Lunatic asylums in Bengal annual reports 1912-1924 - 1912-1924
Year: 1912
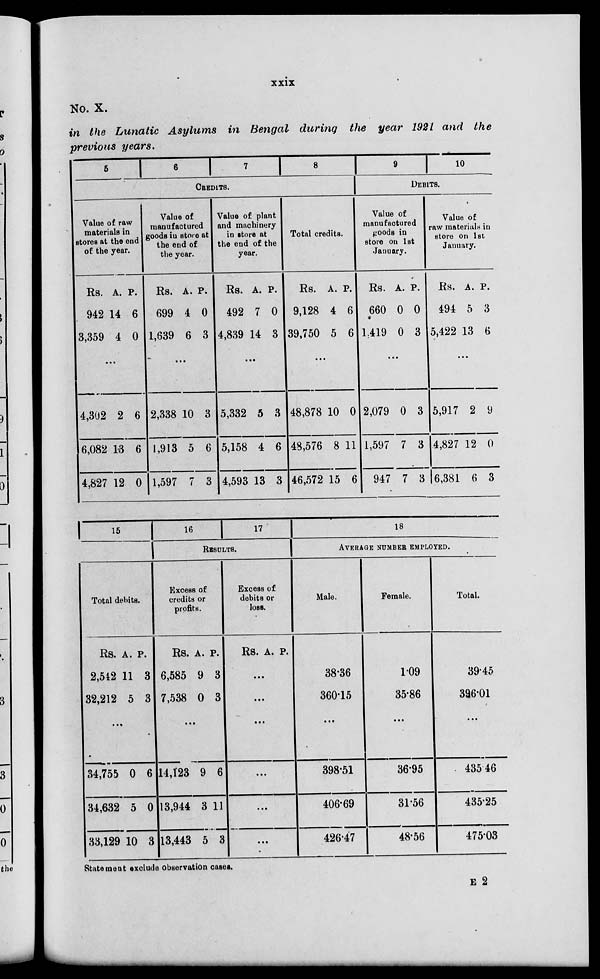
xxix
No. X.
in the Lunatic Asylums in Bengal during the year 1921 and the
previous years.
5
6
7
8
CREDITS.
Value of raw
materials in
stores at the end
of the year.
Rs.
942
3,359
A.
14
4
P.
6
0
...
4,302
6,082
4,827
2
13
12
6
6
0
Value of
manufactured
goods in store at
the end of
the year.
Rs.
699
1,639
A.
4
6
P.
0
3
...
2,338
1,913
1,597
10
5
7
3
6
3
Value of plant
and machinery
in store at
the end of the
year.
Rs.
492
4,839
A.
7
14
P.
0
3
...
5,332
5,158
4,593
5
4
13
3
6
3
Total credits.
Rs.
9,128
39,750
A.
4
5
P.
6
6
...
48,878
48,576
46,572
10
8
15
0
11
6
9
10
DEBITS.
Value of
manufactured
goods in
store on 1st
January.
Rs.
660
1419
A.
0
0
P.
0
3
...
2,079
1,597
947
0
7
7
3
3
3
Value of
raw materials in
store on 1st
January.
Rs.
494
5,422
A.
5
13
P.
3
6
...
5,917
4,827
6,381
2
12
6
9
0
3
15
Total debits.
Rs.
2,512
32,212
A.
11
5
P. 3
3
...
34,755
34,632
33,129
0
5
10
6
0
3
16
17
RESULTS.
Excess of
credits or
profits.
Rs.
6,585
7,538
A.
9
0
P.
3
3
...
14,123
13,944
13,443
9
3
5
6
11
3
Excess of
debits or
loss.
Rs. A. P.
...
...
...
...
...
...
18
AVERAGE NUMBER EMPLOYED.
Male.
38.36
360.15
...
398.51
406.69
426.47
Female.
1.09
35.86
...
36.95
31.56
48.56
Total.
39.45
396.01
...
435.46
435.25
475.03
Statement exclude observation cases.
E 2